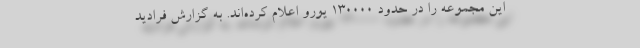
این مجموعه را در حدود ۱۳۰۰۰۰ یورو اعلام کرده‌اند. به گزارش فرادید